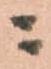
ニ